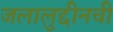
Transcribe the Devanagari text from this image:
जलालुद्दीनची